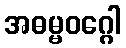
အဓမ္မဝဂ္ဂေါ